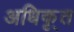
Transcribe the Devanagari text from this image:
अधिकृ्त